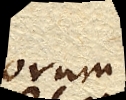
eorum